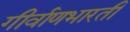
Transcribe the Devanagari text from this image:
गीर्वाणभारती